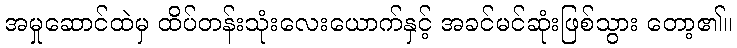
အမှုဆောင်ထဲမှ ထိပ်တန်းသုံးလေးယောက်နှင့် အခင်မင်ဆုံးဖြစ်သွား တော့၏။